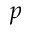
p